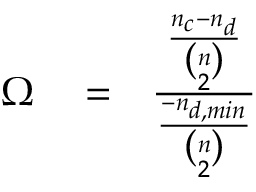
\begin{array} { r l r } { \Omega } & { { } = } & { \frac { \frac { n _ { c } - n _ { d } } { { \binom { n } { 2 } } } } { \frac { - n _ { d , m i n } } { { \binom { n } { 2 } } } } } \end{array}